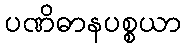
ပဏိဓာနပစ္စယာ